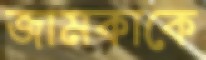
জামকাকে